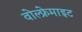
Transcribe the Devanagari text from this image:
वोल्फ्रेमाइट